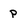
Character: P